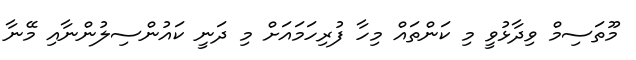
މޫތަސިމް ވިދާޅުވީ މި ކަންތައް މިހާ ފުރިހަމައަށް މި ދަނީ ކައުންސިލުންނާއި މޭނާ